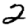
Digit: 2